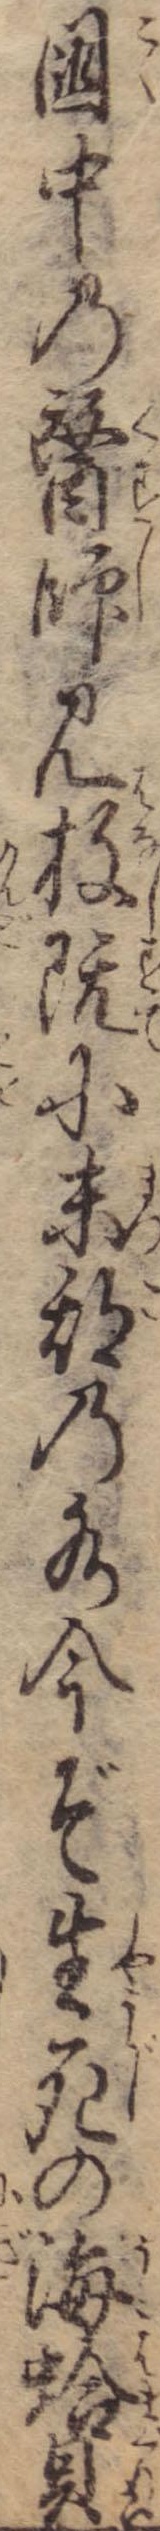
国中の医師見放既に末期の水今ぞ生死の海蛤貝